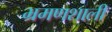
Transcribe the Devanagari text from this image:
भ्रमणशाली